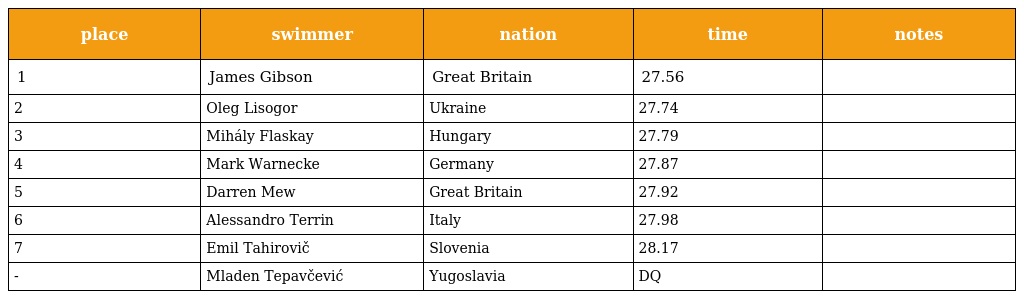
| place | swimmer | nation | time | notes |
 | --- | --- | --- | --- | --- |
 | 1 | James Gibson | Great Britain | 27.56 |  |
 | 2 | Oleg Lisogor | Ukraine | 27.74 |  |
 | 3 | Mihály Flaskay | Hungary | 27.79 |  |
 | 4 | Mark Warnecke | Germany | 27.87 |  |
 | 5 | Darren Mew | Great Britain | 27.92 |  |
 | 6 | Alessandro Terrin | Italy | 27.98 |  |
 | 7 | Emil Tahirovič | Slovenia | 28.17 |  |
 | - | Mladen Tepavčević | Yugoslavia | DQ |  |